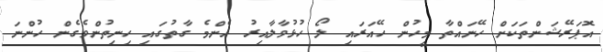
އޮޕަރޭޝަންތަކަށް ހޭނައްތާ މީހުން ހޭއަރައި ލޯ ހުޅުވާލާއިރު އެންމެ ގާތުގައި ހިނިތުންވެގެން ހުންނަ